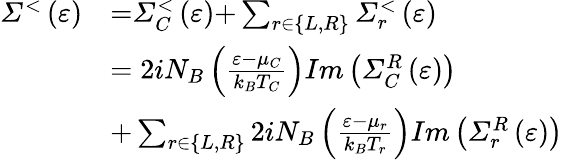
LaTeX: \begin{array}{ll}{{\mathit{\Sigma}}^{{<}}\left(\varepsilon\right)}&{{=}{\mathit{\Sigma}}_{C}^{{<}}\left(\varepsilon\right){+}\sum_{r{\in}\left\{ L,R\right\} }{{\mathit{\Sigma}}_{r}^{{<}}\left(\varepsilon\right)}}\\ &{{=2}iN_{B}\left(\frac{\varepsilon-\mu_{C}}{k_{B}T_{C}}\right)Im\left({\mathit{\Sigma}}_{C}^{R}\left(\varepsilon\right)\right)}\\ &{{+}\sum_{r{\in}\left\{ L,R\right\} }{{2}iN_{B}\left(\frac{\varepsilon{-}{\mu}_{r}}{k_{B}T_{r}}\right)Im\left({\mathit{\Sigma}}_{r}^{R}\left(\varepsilon\right)\right)}}\end{array}